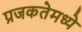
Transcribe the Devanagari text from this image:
प्रजकतेमध्ये